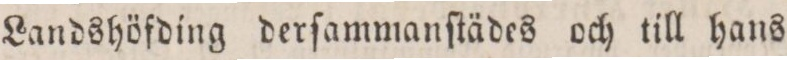
Landshöfding derſammanſtädes och till hans